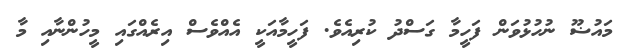
މައުޟޫ ނުހުޅުވަން ފަހީމާ ގަސްދު ކުރިއެވެ. ފަހީމާއަކީ އެއްވެސް އިރެއްގައި މީހުންނާއި މާ